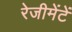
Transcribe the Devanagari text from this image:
रेजीमेंटें